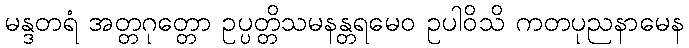
မန္ဒတရံ အတ္တဂုတ္တော ဥပ္ပတ္တိသမနန္တရမေဝ ဥပါဝိသိ ကတပုညနာမေန